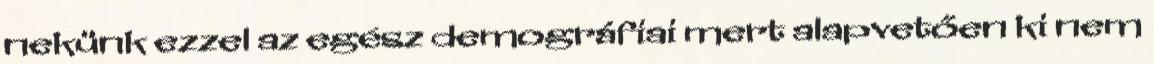
nekünk ezzel az egész demográfiai mert alapvetően ki nem